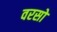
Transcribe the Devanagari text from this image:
वरसो